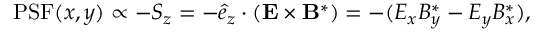
\mathrm { P S F } ( x , y ) \propto - S _ { z } = - \hat { e } _ { z } \cdot ( \mathbf { E } \times \mathbf { B } ^ { * } ) = - ( E _ { x } B _ { y } ^ { * } - E _ { y } B _ { x } ^ { * } ) ,